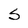
Character: S